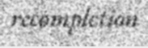
recompletion